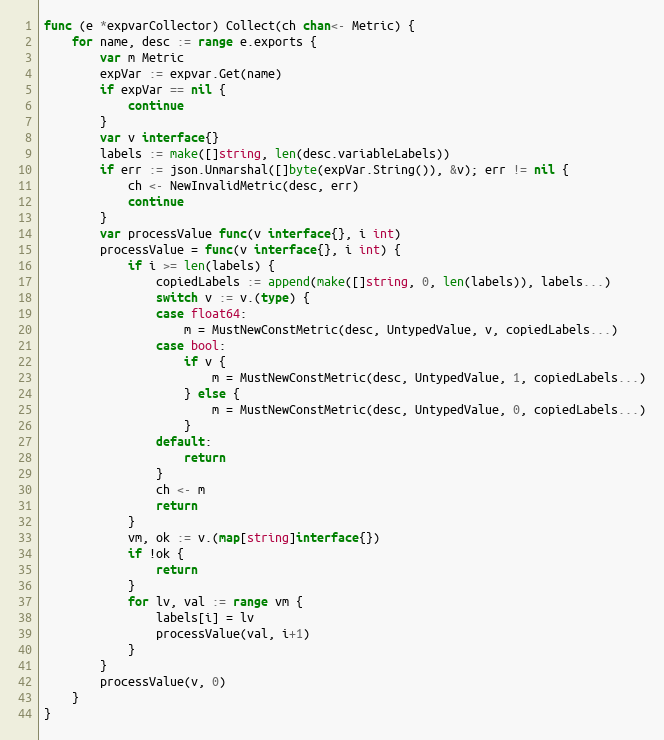
Language: Go
func (e *expvarCollector) Collect(ch chan<- Metric) {
	for name, desc := range e.exports {
		var m Metric
		expVar := expvar.Get(name)
		if expVar == nil {
			continue
		}
		var v interface{}
		labels := make([]string, len(desc.variableLabels))
		if err := json.Unmarshal([]byte(expVar.String()), &v); err != nil {
			ch <- NewInvalidMetric(desc, err)
			continue
		}
		var processValue func(v interface{}, i int)
		processValue = func(v interface{}, i int) {
			if i >= len(labels) {
				copiedLabels := append(make([]string, 0, len(labels)), labels...)
				switch v := v.(type) {
				case float64:
					m = MustNewConstMetric(desc, UntypedValue, v, copiedLabels...)
				case bool:
					if v {
						m = MustNewConstMetric(desc, UntypedValue, 1, copiedLabels...)
					} else {
						m = MustNewConstMetric(desc, UntypedValue, 0, copiedLabels...)
					}
				default:
					return
				}
				ch <- m
				return
			}
			vm, ok := v.(map[string]interface{})
			if !ok {
				return
			}
			for lv, val := range vm {
				labels[i] = lv
				processValue(val, i+1)
			}
		}
		processValue(v, 0)
	}
}